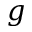
g